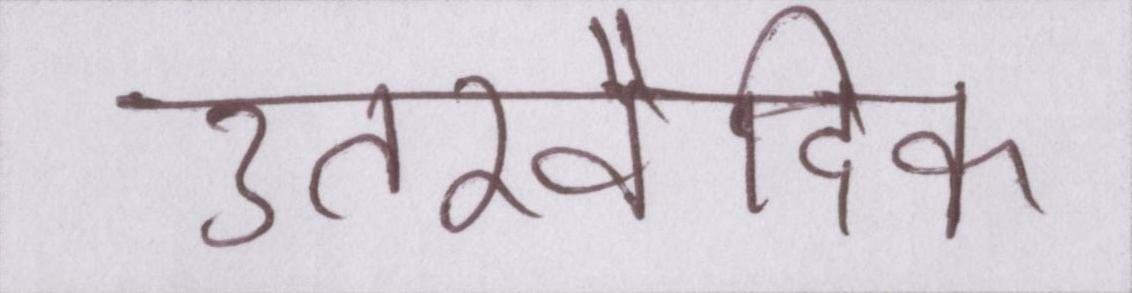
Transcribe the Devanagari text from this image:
उत्तरवैदिक